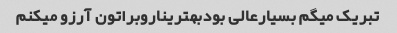
تبریک میگم بسیارعالی بودبهتریناروبراتون آرزو میکنم